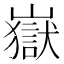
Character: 嶽